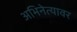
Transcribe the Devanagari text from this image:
अभिनेत्यावर